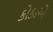
કોકાએ